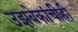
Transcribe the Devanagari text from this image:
उझबेकांचीही